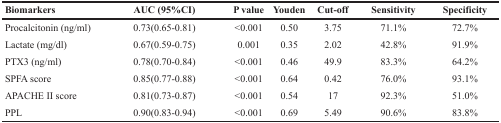
<table><thead><tr><td><b>Biomarkers</b></td><td><b>AUC (95%CI)</b></td><td><b>P value</b></td><td><b>Youden</b></td><td><b>Cut-off</b></td><td><b>Sensitivity</b></td><td><b>Specificity</b></td></tr></thead><tbody><tr><td>Procalcitonin (ng/ml)</td><td>0.73(0.65-0.81)</td><td>&lt;0.001</td><td>0.50</td><td>3.75</td><td>71.1%</td><td>72.7%</td></tr><tr><td>Lactate (mg/dl)</td><td>0.67(0.59-0.75)</td><td>0.001</td><td>0.35</td><td>2.02</td><td>42.8%</td><td>91.9%</td></tr><tr><td>PTX3 (ng/ml)</td><td>0.78(0.70-0.84)</td><td>&lt;0.001</td><td>0.46</td><td>49.9</td><td>83.3%</td><td>64.2%</td></tr><tr><td>SPFA score</td><td>0.85(0.77-0.88)</td><td>&lt;0.001</td><td>0.64</td><td>0.42</td><td>76.0%</td><td>93.1%</td></tr><tr><td>APACHE II score</td><td>0.81(0.73-0.87)</td><td>&lt;0.001</td><td>0.54</td><td>17</td><td>92.3%</td><td>51.0%</td></tr><tr><td>PPL</td><td>0.90(0.83-0.94)</td><td>&lt;0.001</td><td>0.69</td><td>5.49</td><td>90.6%</td><td>83.8%</td></tr></tbody></table>